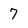
Character: 7